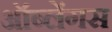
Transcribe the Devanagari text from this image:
ऑब्लेंगस